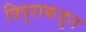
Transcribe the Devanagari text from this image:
त्रिपुराकडून